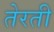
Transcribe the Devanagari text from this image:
तेरती